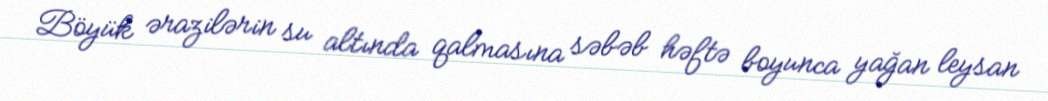
Böyük ərazilərin su altında qalmasına səbəb həftə boyunca yağan leysan